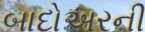
બાદોઅરની